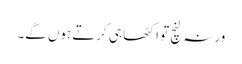
ورنہ لنچ تو اکٹھا ہی کرتے ہوں گے۔